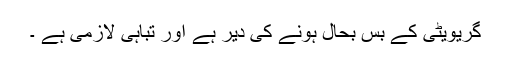
گریویٹی کے بس بحال ہونے کی دیر ہے اور تباہی لازمی ہے ۔